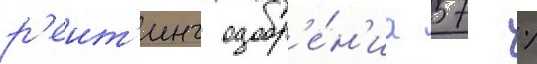
р'еит'инг одобр'е́н'иа 57 %